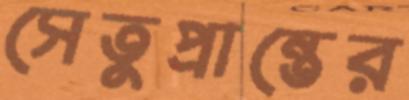
সেতুপ্রান্তের